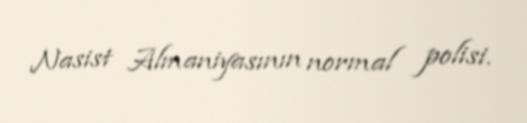
Nasist Almaniyasının normal polisi.